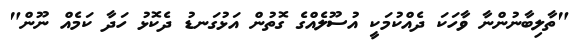
"ތާލިބާނުންނާ ވާހަކަ ދެއްކުމަކީ އުސޫލެއްގެ ގޮތުން އަޅުގަނޑު ދެކޮޅު ހަދާ ކަމެއް ނޫން"